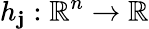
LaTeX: h_{\mathbf{j}}:\, \! \mathbb{{R}}^{n}\rightarrow\mathbb{{R}}